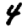
Digit: 4